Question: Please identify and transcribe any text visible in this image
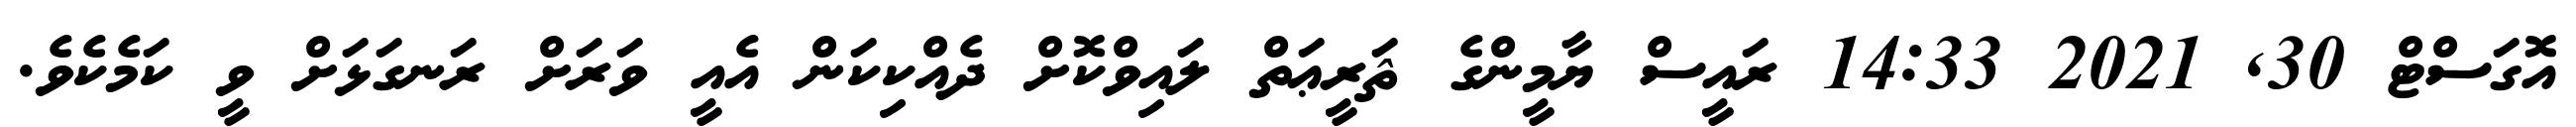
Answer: އޮގަސްޓް 30, 2021 14:33 ރައީސް ޔާމީންގެ ޘަރީޢަތް ލައިވްކޮށް ދެއްކިކަން އެއީ ވަރަށް ރަނގަޅަށް ވީ ކަމެކެވެ.